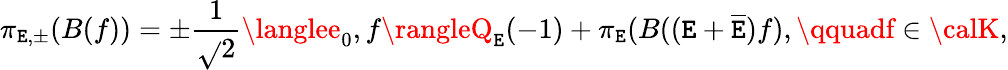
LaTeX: \pi_{\mathtt{E},\pm}(B(f))=\pm\frac{{1}}{{\sqrt{}{{2}}}}\langlee_{0},f\rangleQ_{\mathtt{E}}(-1)+\pi_{\mathtt{E}}(B((\mathtt{E}+\overline{{{{\mathtt{E}}}}})f),\qquadf\in{\calK},